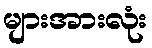
များအားလုံး